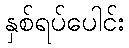
နှစ်ရပ်ပေါင်း